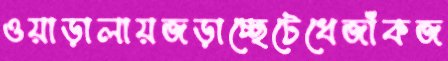
ওয়াড়ালায়জড়াচ্ছেটেধেজাঁকজ